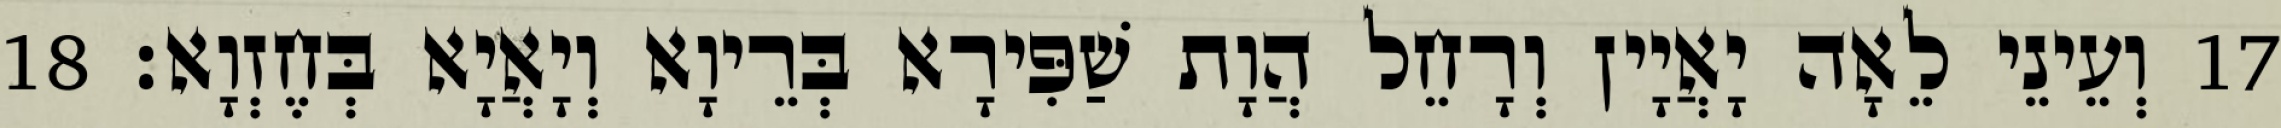
17 וְעֵינֵי לֵאָה יָאֲיָין וְרָחֵל הֲוָת שַׁפִּירָא בְּרֵיוָא וְיָאֲיָא בְּחֶזְוָא׃ 18